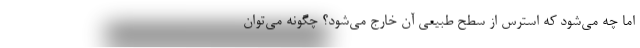
اما چه می‌شود که استرس از سطح طبیعی آن خارج می‌شود؟ چگونه می‌توان